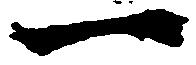
一